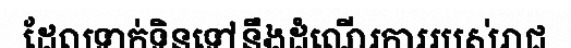
ដែលទាក់ទិនទៅនឹងដំណើរការរបស់រាជ